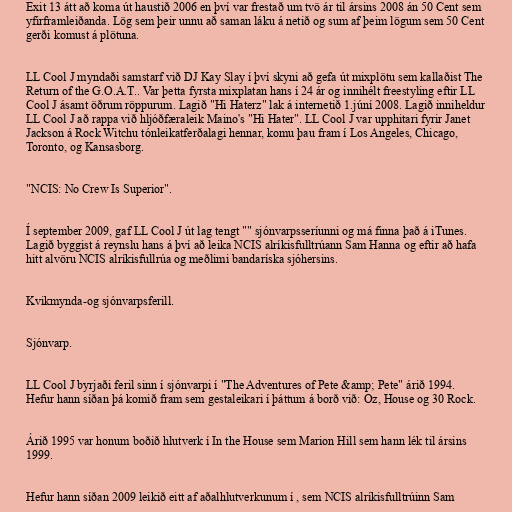
Exit 13 átt að koma út haustið 2006 en því var frestað um tvö ár til ársins 2008 án 50 Cent sem
yfirframleiðanda. Lög sem þeir unnu að saman láku á netið og sum af þeim lögum sem 50 Cent
gerði komust á plötuna.

LL Cool J myndaði samstarf við DJ Kay Slay í því skyni að gefa út mixplötu sem kallaðist The
Return of the G.O.A.T.. Var þetta fyrsta mixplatan hans í 24 ár og innihélt freestyling eftir LL
Cool J ásamt öðrum röppurum. Lagið "Hi Haterz" lak á internetið 1.júní 2008. Lagið inniheldur
LL Cool J að rappa við hljóðfæraleik Maino's "Hi Hater". LL Cool J var upphitari fyrir Janet
Jackson á Rock Witchu tónleikatferðalagi hennar, komu þau fram í Los Angeles, Chicago,
Toronto, og Kansasborg.

"NCIS: No Crew Is Superior".

Í september 2009, gaf LL Cool J út lag tengt "" sjónvarpsseríunni og má finna það á iTunes.
Lagið byggist á reynslu hans á því að leika NCIS alríkisfulltrúann Sam Hanna og eftir að hafa
hitt alvöru NCIS alríkisfullrúa og meðlimi bandaríska sjóhersins.

Kvikmynda-og sjónvarpsferill.

Sjónvarp.

LL Cool J byrjaði feril sinn í sjónvarpi í "The Adventures of Pete &amp; Pete" árið 1994.
Hefur hann síðan þá komið fram sem gestaleikari í þáttum á borð við: Oz, House og 30 Rock.

Árið 1995 var honum boðið hlutverk í In the House sem Marion Hill sem hann lék til ársins
1999.

Hefur hann síðan 2009 leikið eitt af aðalhlutverkunum í , sem NCIS alríkisfulltrúinn Sam